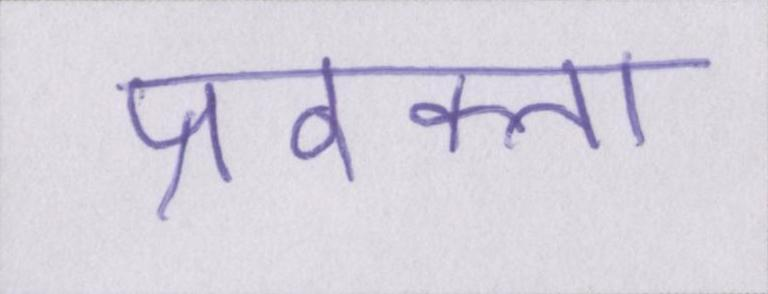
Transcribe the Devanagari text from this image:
प्रवक्ता